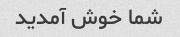
شما خوش آمدید